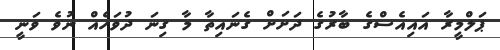
ޕަލްމީރާ އައިއެސްގެ ބާރުގެ ދަށަށް ގެނައިތާ މާ ގިނަ ދުވަހެއް ނުވެ ވަނީ